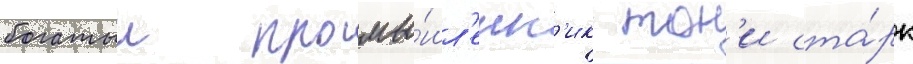
богатыи промы́шл'енн'ик тон'и ста́рк